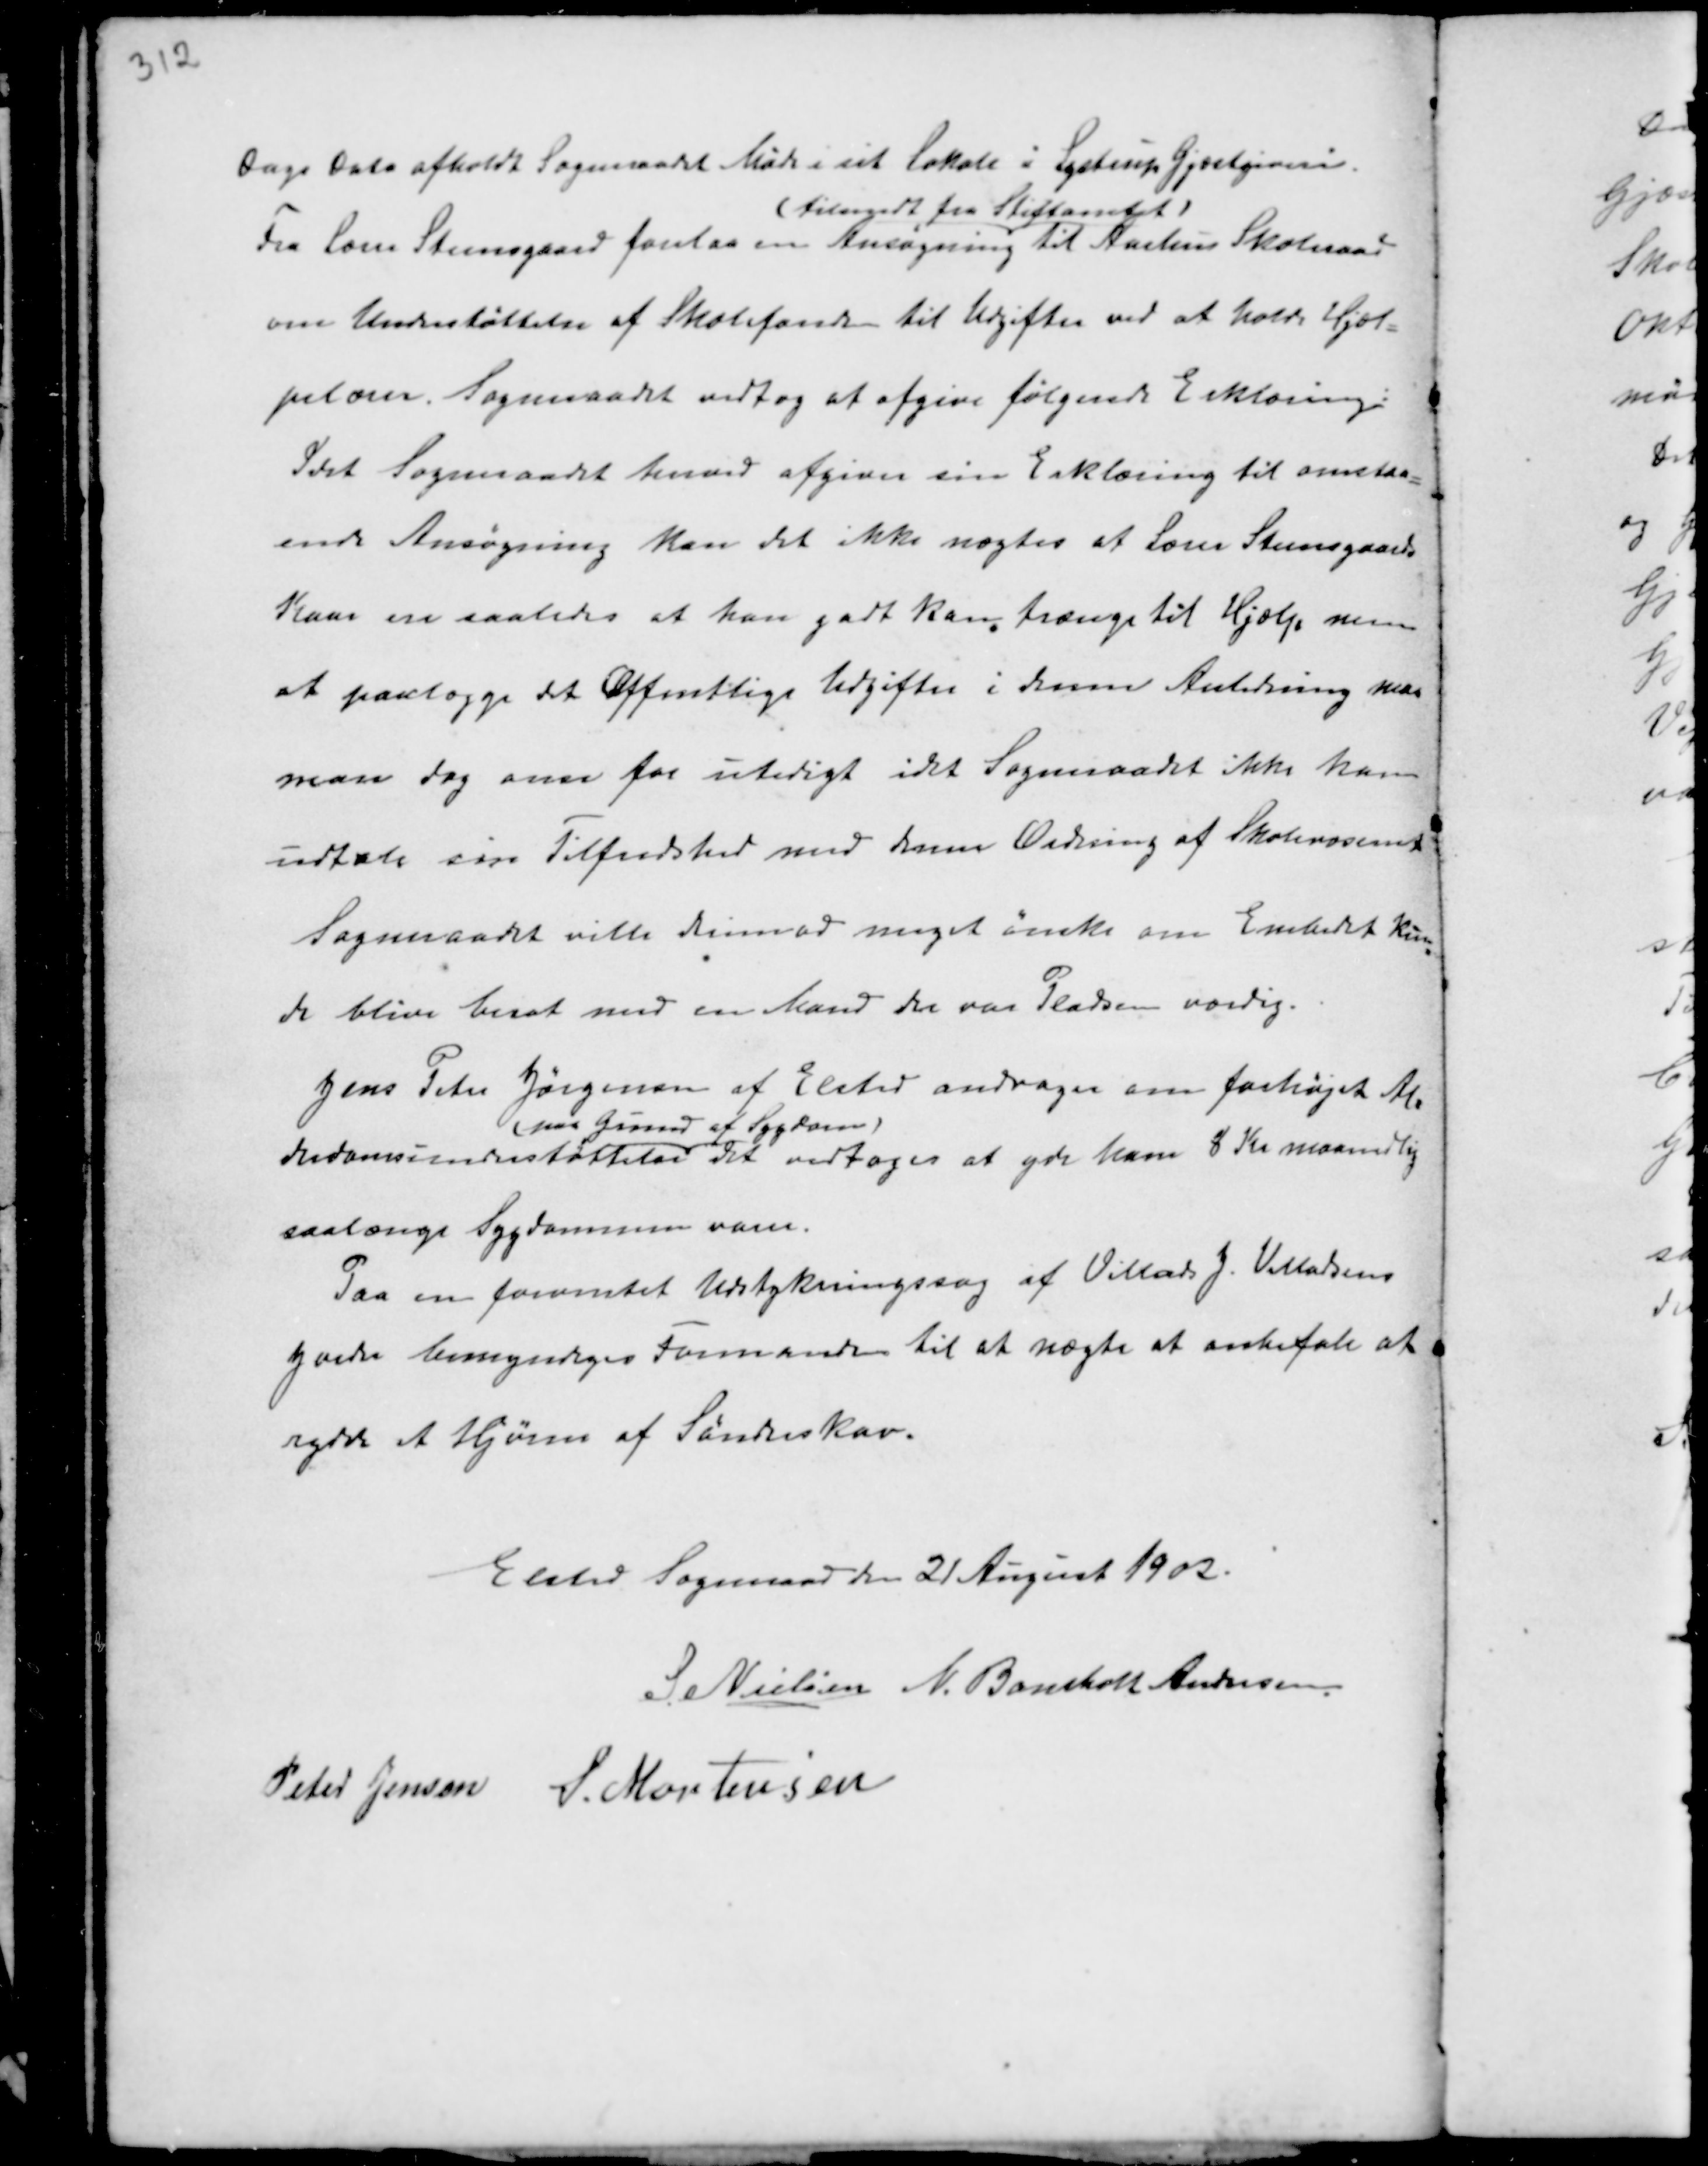
Transskription:
Dags Dato afholdt Sogneraadet Møde i sit Lokale i Lystrup Gjæstgiveri.
Fra Lærer Steensgaard forelaa en Ansøgning
(tilsendt fra Stiftamtet)
til Aarhus Skoleraad
om Understøttelse af Skolefonden til Udgifter ved at holde Hjæl-
pelærer. Sogneraadet vedtog at afgive følgende Erklæring:
Idet Sogneraadet herved afgiver sin Erklæring til omstaa-
ende Ansøgning kan det ikke nægtes at Lærer Steensgaards
Kaar ere saaledes at han godt kan trænge til Hjælp men
at paalægge det Offentlige Udgifter i denne Anledning maa
man dog anse for utidig idet Sogneraadet ikke kan
udtale sin Tilfredshed med hans Ordning af Skolevæsenet
Sogneraadet ville derimod meget ønske om Embedet kun-
de blive besat med en Mand der var Pladsen værdig.
Jens Peter Jørgensen af Elsted andrager om forhøjet Al-
derdomsunderstøttelse
( paa Grund af Sygdom )
Det vedtoges at yde ham 8 Kr maanedlig
saalænge Sygdommen varer.
Paa en forventet Udstykningssag af Villads J. Villadsens
Jorder bemyndigedes Formanden til at nægte at anbefale at
rydde et Hjørne af Sønderskov.

Elsted Sogneraad den 21 August 1902.
S. Nielsen N. Bomholt Andersen
Peter Jensen S. Mortensen